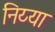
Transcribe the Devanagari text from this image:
निय्या